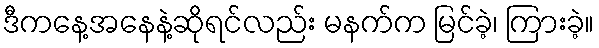
ဒီကနေ့အနေနဲ့ဆိုရင်လည်း မနက်က မြင်ခဲ့၊ ကြားခဲ့။